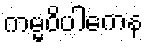
ကမ္မဝိပါကေန